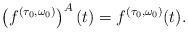
LaTeX: \begin{align*}\left(f^{(\tau_0, \omega_0)}\right)^A(t) = f^{(\tau_0, \omega_0)}(t).\end{align*}